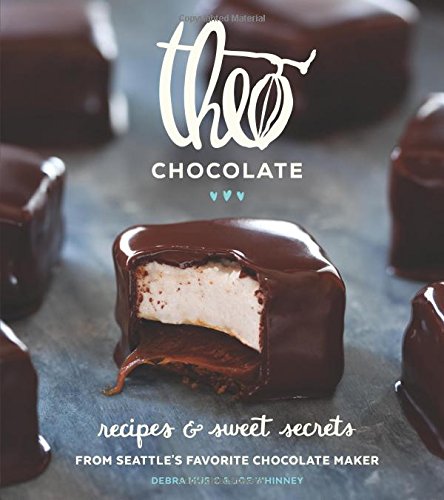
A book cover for Theo Chocolate: Recipes & Sweet Secrets from Seattle's Favorite Chocolate Maker Featuring 75 Recipes Both Sweet & Savory; Debra Music; Cookbooks, Food & Wine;